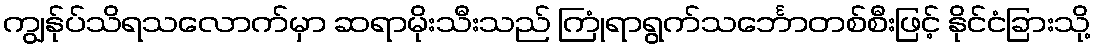
ကျွန်ုပ်သိရသလောက်မှာ ဆရာမိုးသီးသည် ကြုံရာရွက်သင်္ဘောတစ်စီးဖြင့် နိုင်ငံခြားသို့